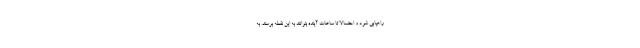
راهیابی شود و احتمالا تا ساعات آینده بتوانند به این نقطه برسند. به